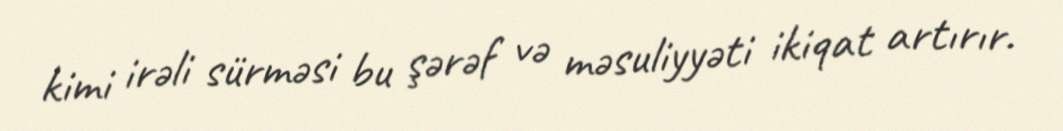
kimi irəli sürməsi bu şərəf və məsuliyyəti ikiqat artırır.